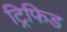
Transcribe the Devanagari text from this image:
ट्रिफिड